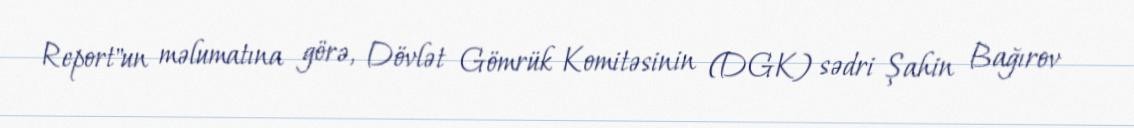
Report"un məlumatına görə, Dövlət Gömrük Komitəsinin (DGK) sədri Şahin Bağırov